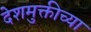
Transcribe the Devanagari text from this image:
देशमुक्तीच्या